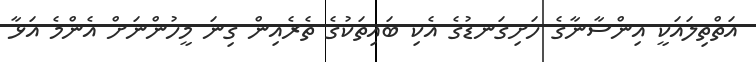
އަތްތިލައަކީ އިންސާނާގެ ހަށިގަނޑުގެ އެކި ބައިތަކުގެ ތެރެއިން ގިނަ މީހުންނަށް އެންމެ އަޅާ